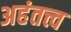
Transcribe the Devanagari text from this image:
अहंतत्त्व